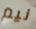
نيم